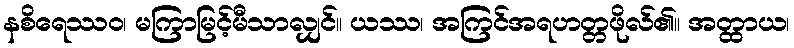
နစိရေဿဝ၊ မကြာမြင့်မီသာလျှင်။ ယဿ၊ အကြင်အရဟတ္တဖိုလ်၏။ အတ္ထာယ၊